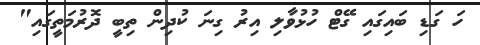
ހަ ގަޑި ބައިގައި ގޭޓް ހުޅުވާލި އިރު ގިނަ ކުދިން ތިބީ ދޮރުމަތީގައި"